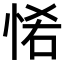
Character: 𢙵